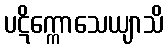
ပဋိက္ကောသေယျာသိ